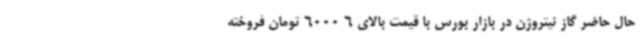
حال حاضر گاز نیتروژن در بازار بورس با قیمت بالای 6 6000 تومان فروخته